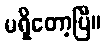
မရှိတော့ပြီ။